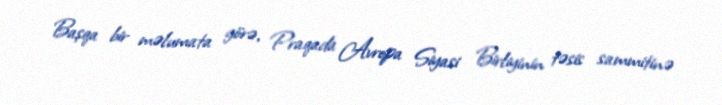
Başqa bir məlumata görə, Praqada Avropa Siyasi Birliyinin təsis sammitinə